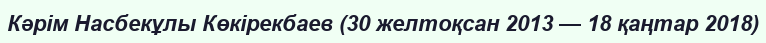
Кәрім Насбекұлы Көкірекбаев (30 желтоқсан 2013 — 18 қаңтар 2018)